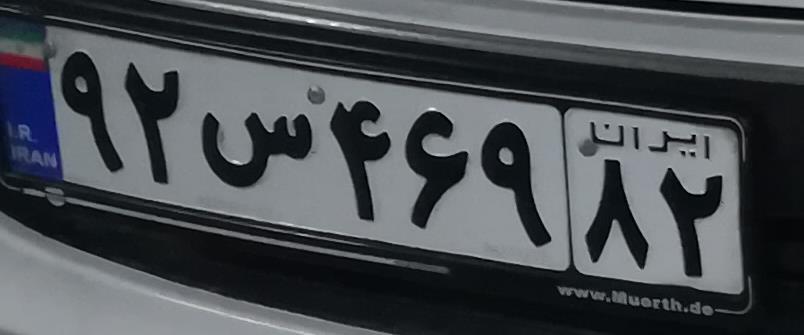
۹۲س۴۶۹۸۲